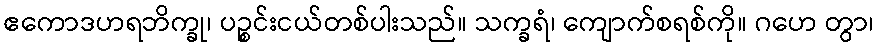
ဧကောဒဟရဘိက္ခု၊ ပဉ္စင်းငယ်တစ်ပါးသည်။ သက္ခရံ၊ ကျောက်စရစ်ကို။ ဂဟေ တွာ၊